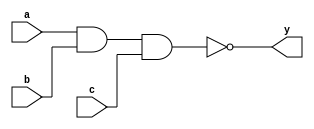

module top (a, b, c, y);
input a, b, c;
output y;

wire x;

and (x, a, b, c);
not (y, x);

endmodule